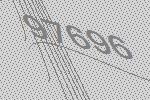
97696